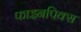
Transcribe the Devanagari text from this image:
फाइनपिक्स